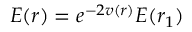
E ( r ) = e ^ { - 2 v ( r ) } E ( r _ { 1 } )